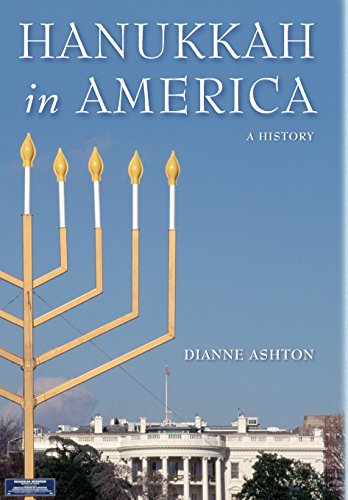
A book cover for Hanukkah in America: A History (Goldstein-Goren Series in American Jewish History); Dianne Ashton; Religion & Spirituality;